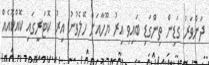
ދަންވަރު ގަޑިން ތިންގަޑި ބައިވި އިރު ޔޫހާއަށް ހޭލެވުނު އިރު ކޮޓަރީގައި ކޮއްކޮއެއް